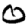
Digit: 0